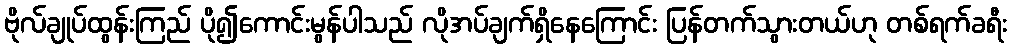
ဗိုလ်ချုပ်ထွန်းကြည် ပို၍ကောင်းမွန်ပါသည် လိုအပ်ချက်ရှိနေကြောင်း ပြန်တက်သွားတယ်ဟု တစ်ရက်ခရီး